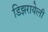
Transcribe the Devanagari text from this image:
डिझरायेली